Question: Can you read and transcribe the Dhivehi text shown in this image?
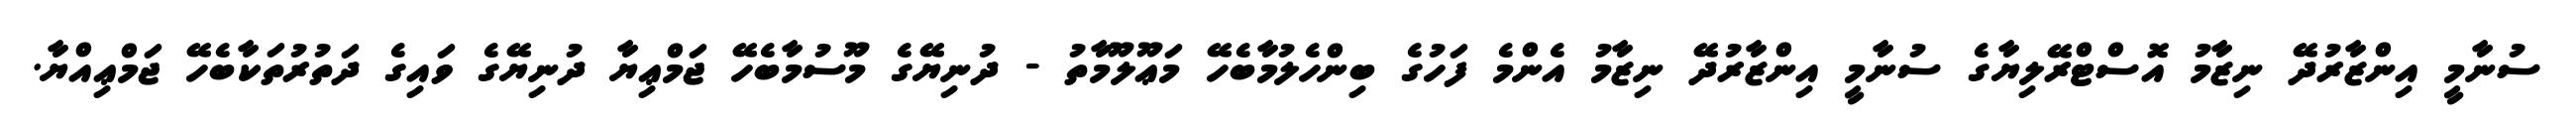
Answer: ސުނާމީ އިންޒާރުދޭ ނިޒާމު އޮސްޓްރޭލިޔާގެ ސުނާމީ އިންޒާރުދޭ ނިޒާމު އެންމެ ފަހުގެ ބިންހެލުމާބެހޭ މަޢޫލޫމާތު - ދުނިޔޭގެ މޫސުމާބެހޭ ޖަމްޢިޔާ ދުނިޔޭގެ ވައިގެ ދަތުރުތަކާބެހޭ ޖަމްޢިއްޔާ.